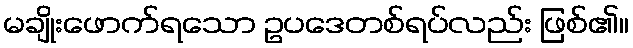
မချိုးဖောက်ရသော ဥပဒေတစ်ရပ်လည်း ဖြစ်၏။